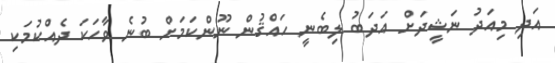
އަދި މިއަދު ނަޝީދަށް އަދަބު ލިބެނީ ހައްޤުން ނޫންކަމަށް ބުނެ ވާހަކަ ދެއްކުމަކި